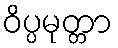
ဝိပ္ပမုတ္တာ